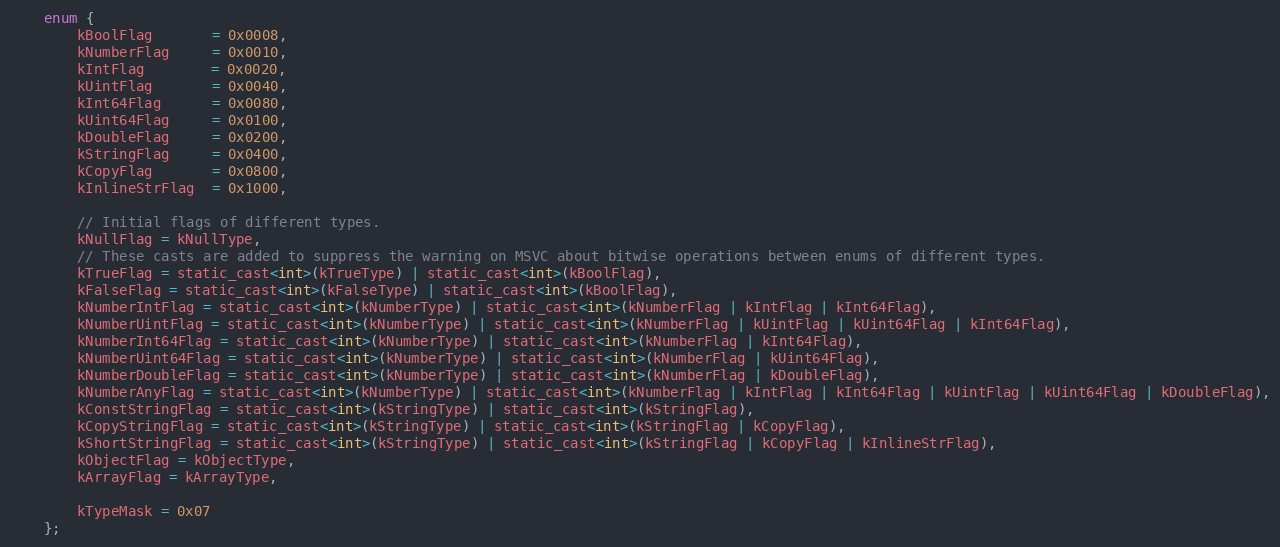
Language: C
    enum {
        kBoolFlag       = 0x0008,
        kNumberFlag     = 0x0010,
        kIntFlag        = 0x0020,
        kUintFlag       = 0x0040,
        kInt64Flag      = 0x0080,
        kUint64Flag     = 0x0100,
        kDoubleFlag     = 0x0200,
        kStringFlag     = 0x0400,
        kCopyFlag       = 0x0800,
        kInlineStrFlag  = 0x1000,

        // Initial flags of different types.
        kNullFlag = kNullType,
        // These casts are added to suppress the warning on MSVC about bitwise operations between enums of different types.
        kTrueFlag = static_cast<int>(kTrueType) | static_cast<int>(kBoolFlag),
        kFalseFlag = static_cast<int>(kFalseType) | static_cast<int>(kBoolFlag),
        kNumberIntFlag = static_cast<int>(kNumberType) | static_cast<int>(kNumberFlag | kIntFlag | kInt64Flag),
        kNumberUintFlag = static_cast<int>(kNumberType) | static_cast<int>(kNumberFlag | kUintFlag | kUint64Flag | kInt64Flag),
        kNumberInt64Flag = static_cast<int>(kNumberType) | static_cast<int>(kNumberFlag | kInt64Flag),
        kNumberUint64Flag = static_cast<int>(kNumberType) | static_cast<int>(kNumberFlag | kUint64Flag),
        kNumberDoubleFlag = static_cast<int>(kNumberType) | static_cast<int>(kNumberFlag | kDoubleFlag),
        kNumberAnyFlag = static_cast<int>(kNumberType) | static_cast<int>(kNumberFlag | kIntFlag | kInt64Flag | kUintFlag | kUint64Flag | kDoubleFlag),
        kConstStringFlag = static_cast<int>(kStringType) | static_cast<int>(kStringFlag),
        kCopyStringFlag = static_cast<int>(kStringType) | static_cast<int>(kStringFlag | kCopyFlag),
        kShortStringFlag = static_cast<int>(kStringType) | static_cast<int>(kStringFlag | kCopyFlag | kInlineStrFlag),
        kObjectFlag = kObjectType,
        kArrayFlag = kArrayType,

        kTypeMask = 0x07
    };